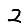
Digit: 2